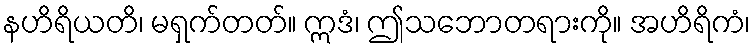
နဟိရိယတိ၊ မရှက်တတ်။ ဣဒံ၊ ဤသဘောတရားကို။ အဟိရိကံ၊